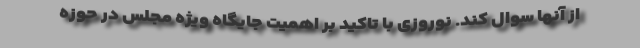
از آنها سوال کند. نوروزی با تاکید بر اهمیت جایگاه ویژه مجلس در حوزه